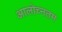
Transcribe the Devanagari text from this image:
आलोच्नतम